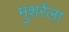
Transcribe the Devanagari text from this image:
मुशर्रला